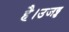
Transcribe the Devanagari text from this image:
है।उजड्ड